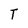
Character: T